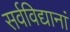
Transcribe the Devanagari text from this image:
सर्वविद्यानां